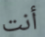
أنت